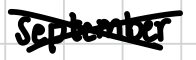
Text: September
Cross-out: cross
Writing tool: digital_black